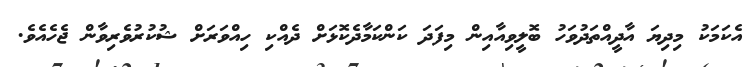
އެކަމަކު މިދިޔަ އާދީއްތަދުވަހު ބޮލީވިއާއިން މިފަދަ ކަންކަމާދެކޮޅަށް ދެއްކި ހިއްވަރަށް ޝުކުރުވެރިވާން ޖެހެއެވެ.